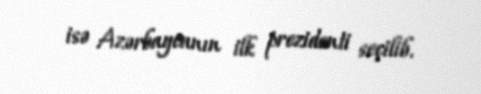
isə Azərbaycanın ilk prezidenti seçilib.